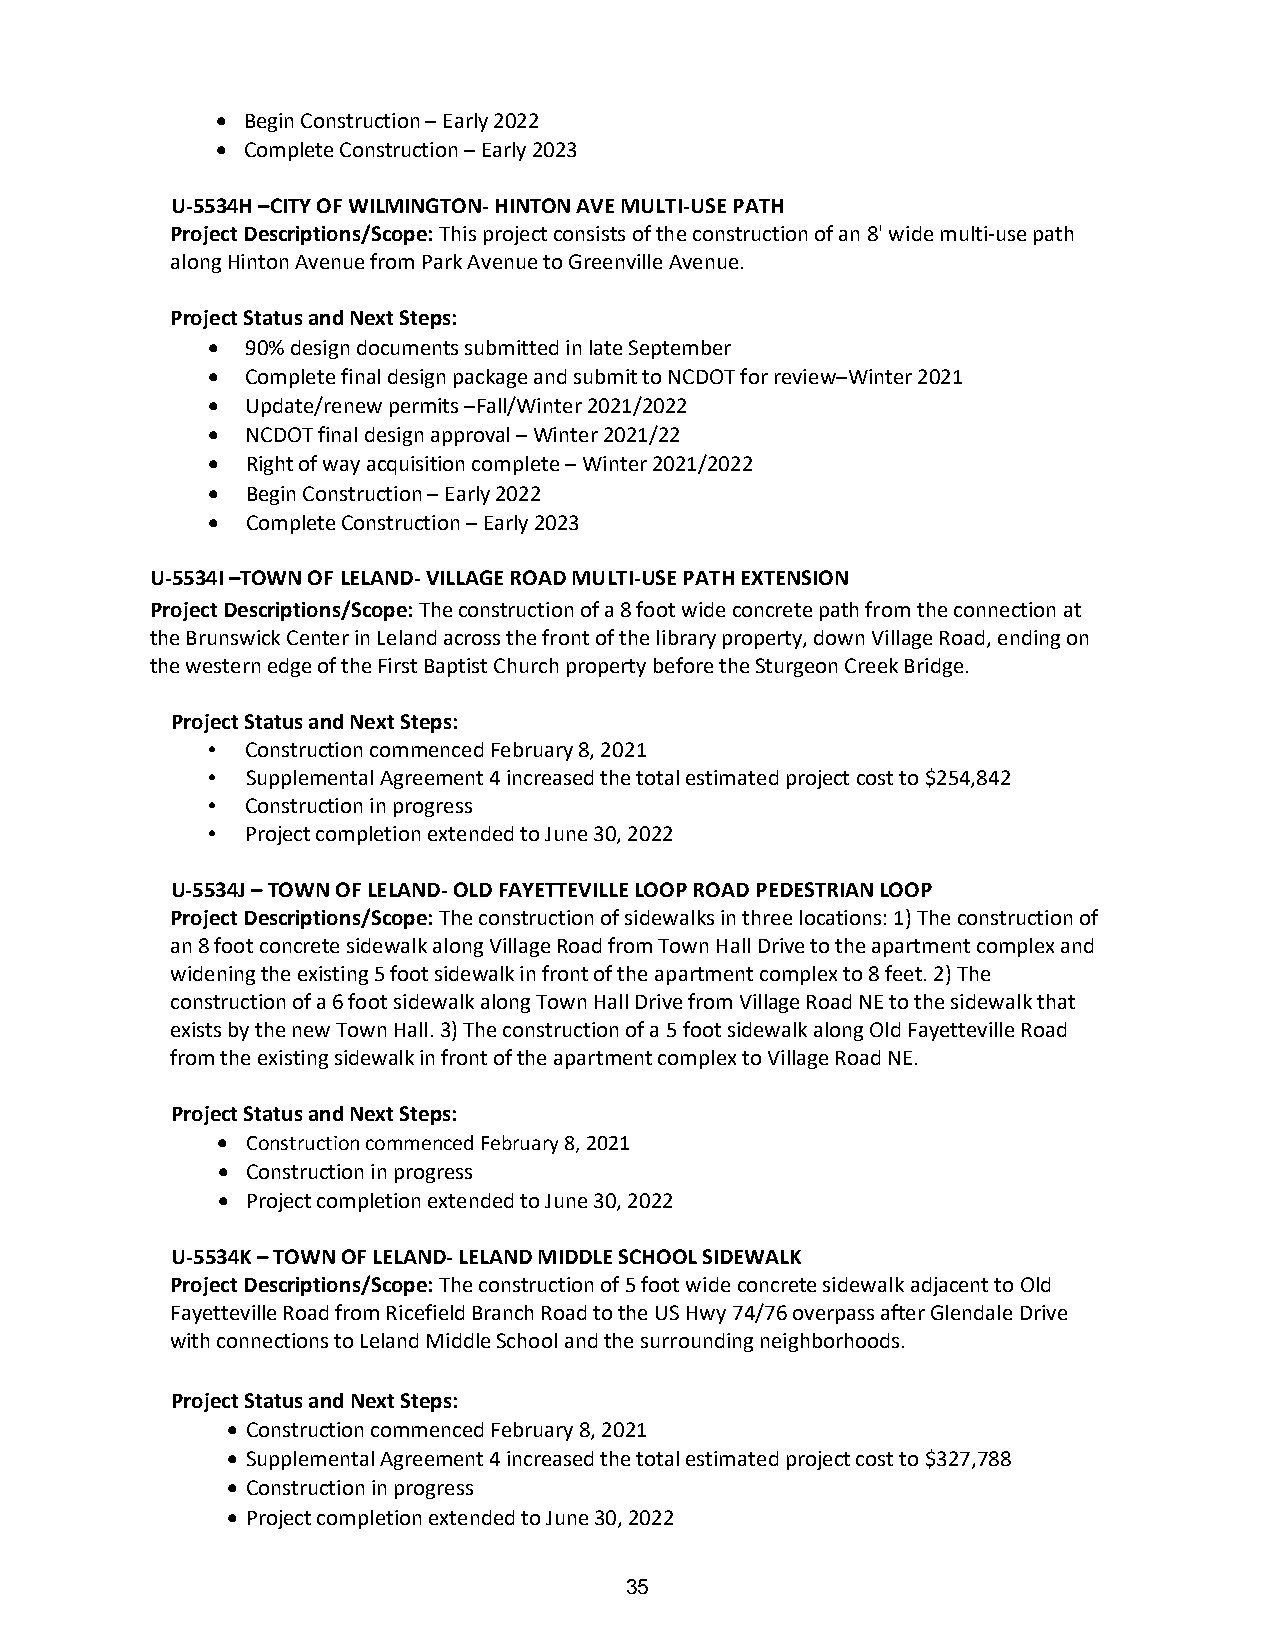
• Begin Construction – Early 2022
 • Complete Construction – Early 2023
 U-5534H –CITY OF WILMINGTON- HINTON AVE MULTI-USE PATH
 Project Descriptions/Scope: This project consists of the construction of an 8' wide multi-use path
 along Hinton Avenue from Park Avenue to Greenville Avenue.
 Project Status and Next Steps:
 • 90% design documents submitted in late September
 • Complete final design package and submit to NCDOT for review–Winter 2021
 • Update/renew permits –Fall/Winter 2021/2022
 • NCDOT final design approval – Winter 2021/22
 • Right of way acquisition complete – Winter 2021/2022
 • Begin Construction – Early 2022
 • Complete Construction – Early 2023
 U-5534I –TOWN OF LELAND- VILLAGE ROAD MULTI-USE PATH EXTENSION
 Project Descriptions/Scope: The construction of a 8 foot wide concrete path from the connection at
 the Brunswick Center in Leland across the front of the library property, down Village Road, ending on
 the western edge of the First Baptist Church property before the Sturgeon Creek Bridge.
 Project Status and Next Steps:
 • Construction commenced February 8, 2021
 • Supplemental Agreement 4 increased the total estimated project cost to $254,842
 • Construction in progress
 • Project completion extended to June 30, 2022
 U-5534J – TOWN OF LELAND- OLD FAYETTEVILLE LOOP ROAD PEDESTRIAN LOOP
 Project Descriptions/Scope: The construction of sidewalks in three locations: 1) The construction of
 an 8 foot concrete sidewalk along Village Road from Town Hall Drive to the apartment complex and
 widening the existing 5 foot sidewalk in front of the apartment complex to 8 feet. 2) The
 construction of a 6 foot sidewalk along Town Hall Drive from Village Road NE to the sidewalk that
 exists by the new Town Hall. 3) The construction of a 5 foot sidewalk along Old Fayetteville Road
 from the existing sidewalk in front of the apartment complex to Village Road NE.
 Project Status and Next Steps:
 • Construction commenced February 8, 2021
 • Construction in progress
 • Project completion extended to June 30, 2022
 U-5534K – TOWN OF LELAND- LELAND MIDDLE SCHOOL SIDEWALK
 Project Descriptions/Scope: The construction of 5 foot wide concrete sidewalk adjacent to Old
 Fayetteville Road from Ricefield Branch Road to the US Hwy 74/76 overpass after Glendale Drive
 with connections to Leland Middle School and the surrounding neighborhoods.
 Project Status and Next Steps:
 • Construction commenced February 8, 2021
 • Supplemental Agreement 4 increased the total estimated project cost to $327,788
 • Construction in progress
 • Project completion extended to June 30, 2022
 35